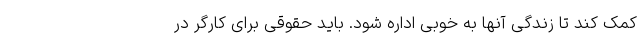
کمک کند تا زندگی آنها به خوبی اداره شود. باید حقوقی برای کارگر در